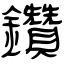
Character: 鑽